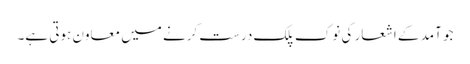
جو آمد کے اشعار کی نوک پلک درست کرنے میں معاون ہوتی ہے۔